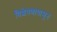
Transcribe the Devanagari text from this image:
विशेषणापासून